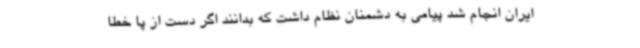
ایران انجام شد پیامی به دشمنان نظام داشت که بدانند اگر دست از پا خطا